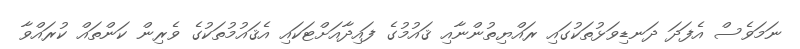
ނަމަވެސް އެފަދަ ދަނޑިވަޅުތަކުގައި ރައްޔިތުންނާއި ޤައުމުގެ ފައިދާއަށްޓަކައި އެޤައުމުތަކުގެ ވެރިން ކަންތައް ކުރައްވާ